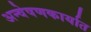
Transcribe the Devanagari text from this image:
अन्वेषणकार्यात